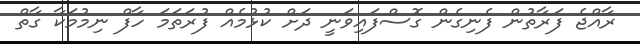
ރާއްޖެ ފަރާތުން ފެނިގެން ގޮސްފައިވަނީ ދަށް ކުޅުމެއް ފުރަތަމަ ހާފް ނިމުމަކާ ގާތް